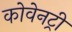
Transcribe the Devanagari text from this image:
कोवेनट्री